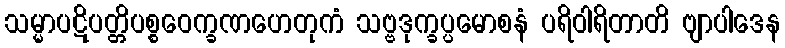
သမ္မာပဋိပတ္တိပစ္စဝေက္ခဏဟေတုကံ သဗ္ဗဒုက္ခပ္ပမောစနံ ပရိဝါရိတာတိ ဗျာပါဒေန